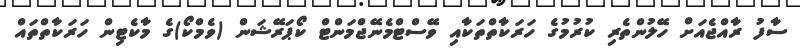
ސާފު ރާއްޖެއަށް ހޭލުންތެރި ކުރުމުގެ ހަރަކާތްތަކާއި ވޭސްޓްމެނޭޖްމަންޓް ކޯޕަރޭޝަން (ވެމްކޯ)ގެ މާކެޓިން ހަރަކާތްތައް